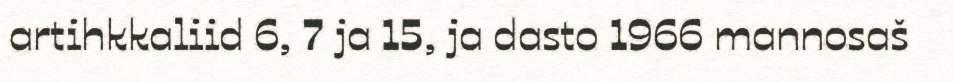
artihkkaliid 6, 7 ja 15, ja dasto 1966 mannosaš